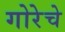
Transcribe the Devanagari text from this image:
गोरेचे